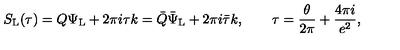
S _ { \mathrm { L } } ( \tau ) = Q \Psi _ { \mathrm { L } } + 2 \pi i \tau k = \bar { Q } \bar { \Psi } _ { \mathrm { L } } + 2 \pi i \bar { \tau } k , \qquad \tau = \frac { \theta } { 2 \pi } + \frac { 4 \pi i } { e ^ { 2 } } ,